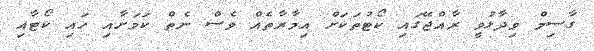
ގާސިމް ވިދާޅުވީ ރާއްޖޭގައި ކޯޓުތަކަށް އިމާރާތެއް ވެސް ނެތް ކަމަށާއި ހައި ކޯޓާއި